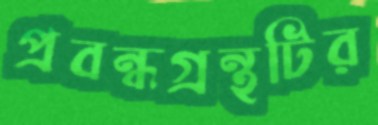
প্রবন্ধগ্রন্থটির